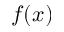
f ( x )